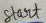
Text: Start